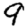
Digit: 9